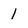
Character: 1